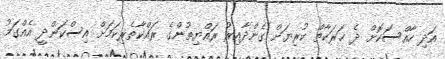
އަދި ހާއްސަކޮށް ދެ ޙަރަކާތް ކުރިޔަށް ގެންދާއިރު ރައްޔިތުންގެ ރައްކާތެރިކަމަށް އިސްކަންދީ އެއްގަމު